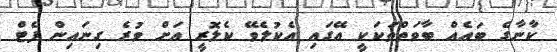
ކާނާގެ ބައެއް ބާވަތްތަކަކީ އޭގައި އެކުލެވޭ ކެލޮރީ އަށް ވުރެ ގިނައިން ފެޓް